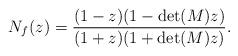
LaTeX: \begin{align*} N_f(z)=\dfrac{(1-z)(1-\det(M)z)}{(1+z)(1+\det(M)z)} . \end{align*}